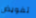
تفويض